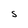
Character: S